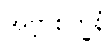
အဗ္ဘာစိက္ခနံ